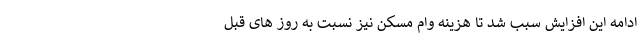
ادامه این افزایش سبب شد تا هزینه وام مسکن نیز نسبت به روز های قبل